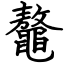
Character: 鼇